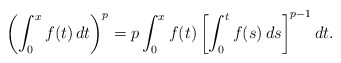
\begin{align*} \left( \int_0^x f(t) \, dt \right)^p = p \int_0^x f(t) \left [ \int_0^t f(s) \,ds \right]^{p-1} dt.\end{align*}